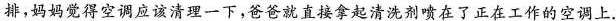
排，妈妈觉得空调应该清理一下，爸爸就直接拿起清洗剂喷在了正在工作的空调上.